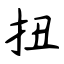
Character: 扭